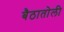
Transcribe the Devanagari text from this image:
बैठातोली